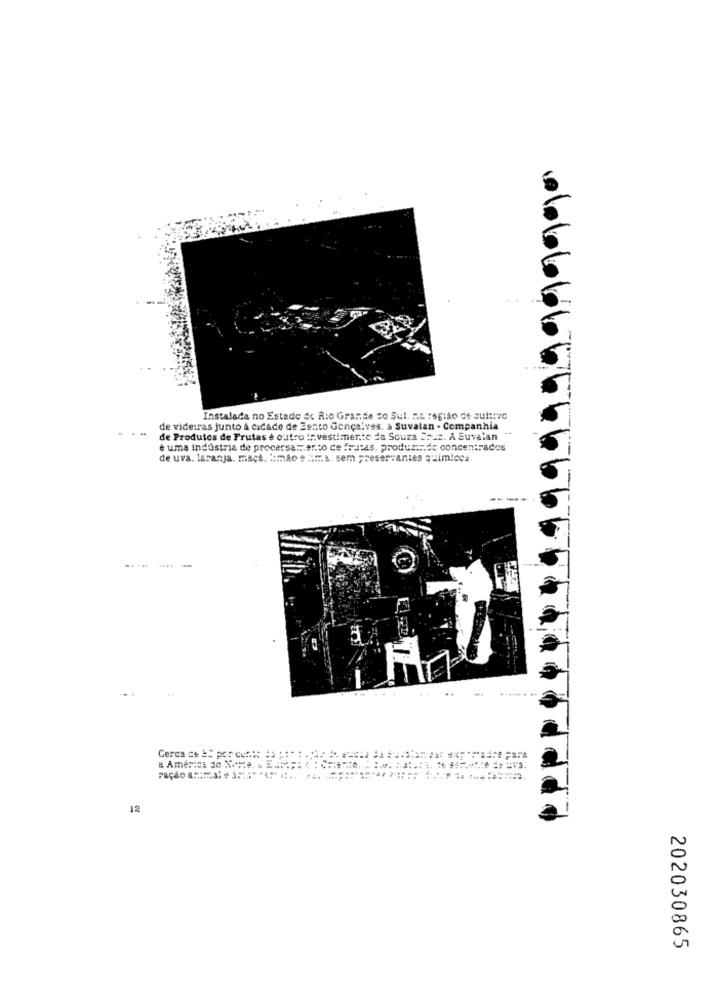
Instalada no Estado de Rio Grande do Sul. na região de sultive
de videiras junto à cidade de Eento Gonçalves. à Suvatan - Companhia
de Produtos de Frutas e outro ::. vestimento da Souza Cruz. A Suvalan
è uma industria de procersa :. ento de frutas, produzindo concentrados
de uva. laranja. mact. kmãos him.s. sem preservantes quimicos.
----
Cerca ce =C por con ** ** *: : .. .
12
202030865